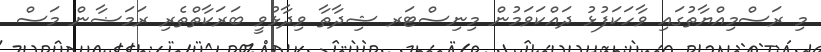
މި ރަސްމިއްޔާތުގައި ވާހަކަފުޅު ދައްކަވަމުން މިނިސްޓަރ ޝިދާތާ ވިދާޅުވީ ބަރަކާތްތެރި ރަމަޟާން މަސް